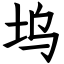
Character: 坞